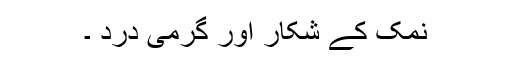
نمک کے شکار اور گرمی درد ۔